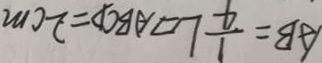
A B = \frac { 1 } { 4 } L \vert \vert o g r a m A B C D = 2 c m